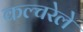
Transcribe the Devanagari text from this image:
कल्चरेले